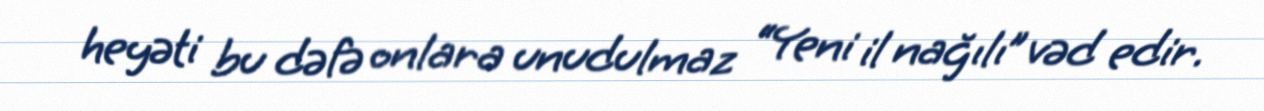
heyəti bu dəfə onlara unudulmaz “Yeni il nağılı” vəd edir.